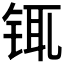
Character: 𰽿